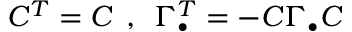
{ \cal C } ^ { T } = { \cal C } \: \: , \: \: \Gamma _ { \bullet } ^ { T } = - { \cal C } \Gamma _ { \bullet } { \cal C }